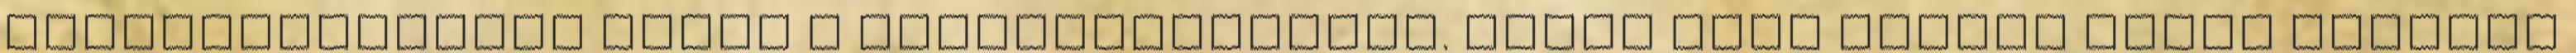
legélvezetesebb módja a gitártanulásnak. Csapj bele INGYEN Gitár tanulás